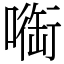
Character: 㗸